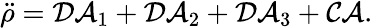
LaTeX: \ddot{\rho}=\mathcal{DA}_{1}+\mathcal{DA}_{2}+\mathcal{DA}_{3}+\mathcal{CA}.